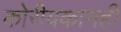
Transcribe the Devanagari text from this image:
कोरीवकामही